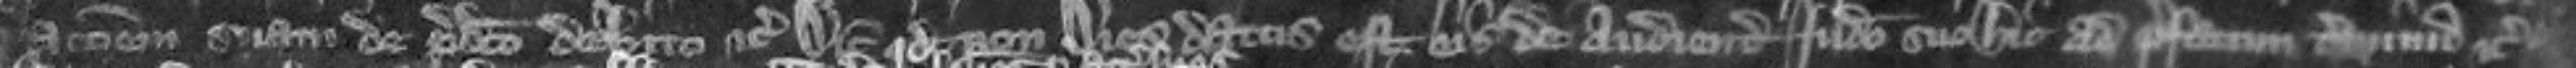
ationem suam de predicto debito etc Dicit quod novus dies datus est eis de audiendo judicio suo hic ad prefatum terminum etc